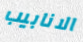
الانابيب